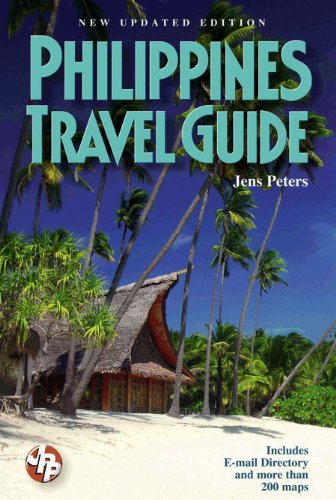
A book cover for Philippines Travel Guide; Jens Peters; Travel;